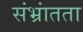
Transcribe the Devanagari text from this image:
संभ्रांतता